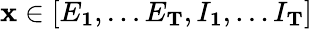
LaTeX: \mathbf{x}\in[E_{\mathbf{1}},\ldots E_{\mathbf{T}},I_{\mathbf{1}},\ldots I_{\mathbf{T}}]